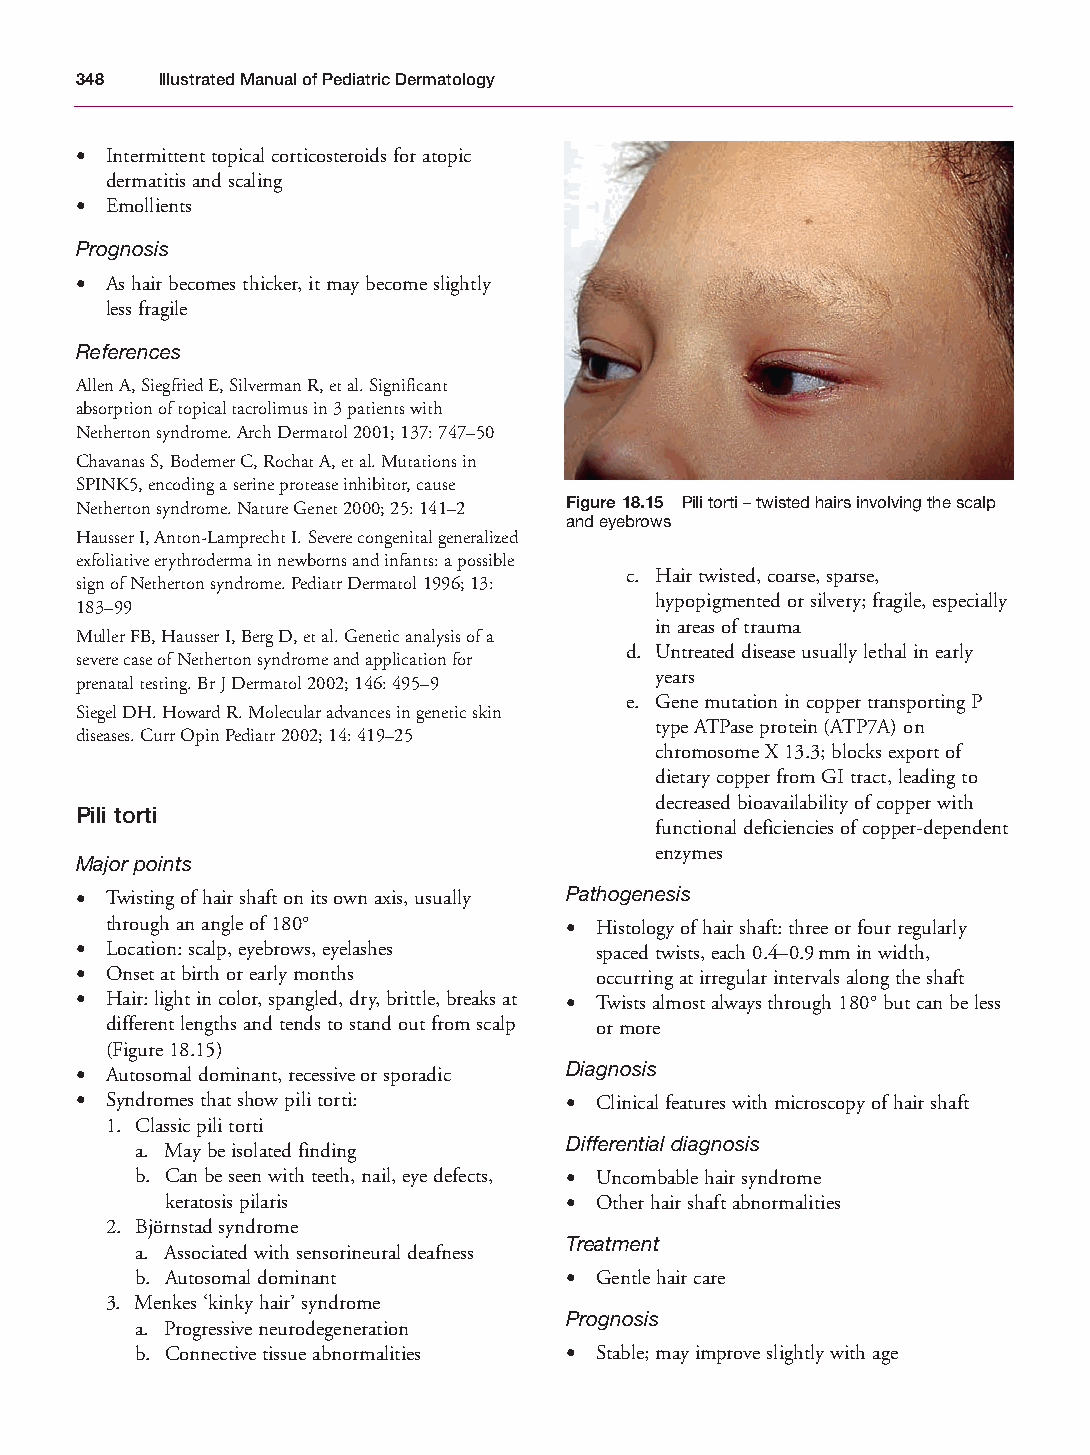
Mallory Chapter 18 27/1/05 2:55 pm Page 348
 348  Illustrated Manual of Pediatric Dermatology
 • Intermittent topical corticosteroids for atopic
 dermatitis and scaling
 • Emollients
 Prognosis
 • As hair becomes thicker, it may become slightly
 less fragile
 References
 Allen A, Siegfried E, Silverman R, et al. Significant
 absorption of topical tacrolimus in 3 patients with
 Netherton syndrome. Arch Dermatol 2001; 137: 747–50
 Chavanas S, Bodemer C, Rochat A, et al. Mutations in
 SPINK5, encoding a serine protease inhibitor, cause
 Netherton syndrome. Nature Genet 2000; 25: 141–2 Figure 18.15 Pili torti – twisted hairs involving the scalp
 and eyebrows
 Hausser I, Anton-Lamprecht I. Severe congenital generalized
 exfoliative erythroderma in newborns and infants: a possible
 c. Hair twisted, coarse, sparse,
 sign of Netherton syndrome. Pediatr Dermatol 1996; 13:
 hypopigmented or silvery; fragile, especially
 183–99
 in areas of trauma
 Muller FB, Hausser I, Berg D, et al. Genetic analysis of a
 d. Untreated disease usually lethal in early
 severe case of Netherton syndrome and application for
 years
 prenatal testing. Br J Dermatol 2002; 146: 495–9
 e. Gene mutation in copper transporting P
 Siegel DH. Howard R. Molecular advances in genetic skin
 type ATPase protein (ATP7A) on
 diseases. Curr Opin Pediatr 2002; 14: 419–25
 chromosome X 13.3; blocks export of
 dietary copper from GI tract, leading to
 decreased bioavailability of copper with
 Pili torti
 functional deficiencies of copper-dependent
 enzymes
 Major points
 • Twisting of hair shaft on its own axis, usually Pathogenesis
 through an angle of 180°      • Histology of hair shaft: three or four regularly
 • Location: scalp, eyebrows, eyelashes spaced twists, each 0.4–0.9mm in width,
 • Onset at birth or early months  occurring at irregular intervals along the shaft
 • Hair: light in color, spangled, dry, brittle, breaks at • Twists almost always through 180°but can be less
 different lengths and tends to stand out from scalp or more
 (Figure 18.15)
 • Autosomal dominant, recessive or sporadic Diagnosis
 • Syndromes that show pili torti: • Clinical features with microscopy of hair shaft
 1. Classic pili torti
 Differential diagnosis
 a. May be isolated finding
 b. Can be seen with teeth, nail, eye defects, • Uncombable hair syndrome
 keratosis pilaris         • Other hair shaft abnormalities
 2. Björnstad syndrome
 Treatment
 a. Associated with sensorineural deafness
 b. Autosomal dominant       • Gentle hair care
 3. Menkes ‘kinky hair’ syndrome
 Prognosis
 a. Progressive neurodegeneration
 b. Connective tissue abnormalities • Stable; may improve slightly with age